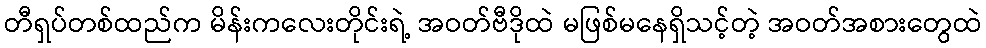
တီရှပ်တစ်ထည်က မိန်းကလေးတိုင်းရဲ့ အဝတ်ဗီဒိုထဲ မဖြစ်မနေရှိသင့်တဲ့ အဝတ်အစားတွေထဲ